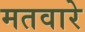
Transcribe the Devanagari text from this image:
मतवारे